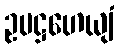
ဥပဋ္ဌဟေယျံ